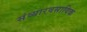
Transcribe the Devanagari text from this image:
संव्यारवसायिक